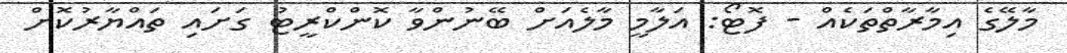
މާލޭގެ އިމާރާތްތަކެއް - ފޮޓޯ: އަލާމީ މާލެއަށް ބޭނުންވާ ކޮންކްރީޓު ގަށައި ތައްޔާރުކޮށް